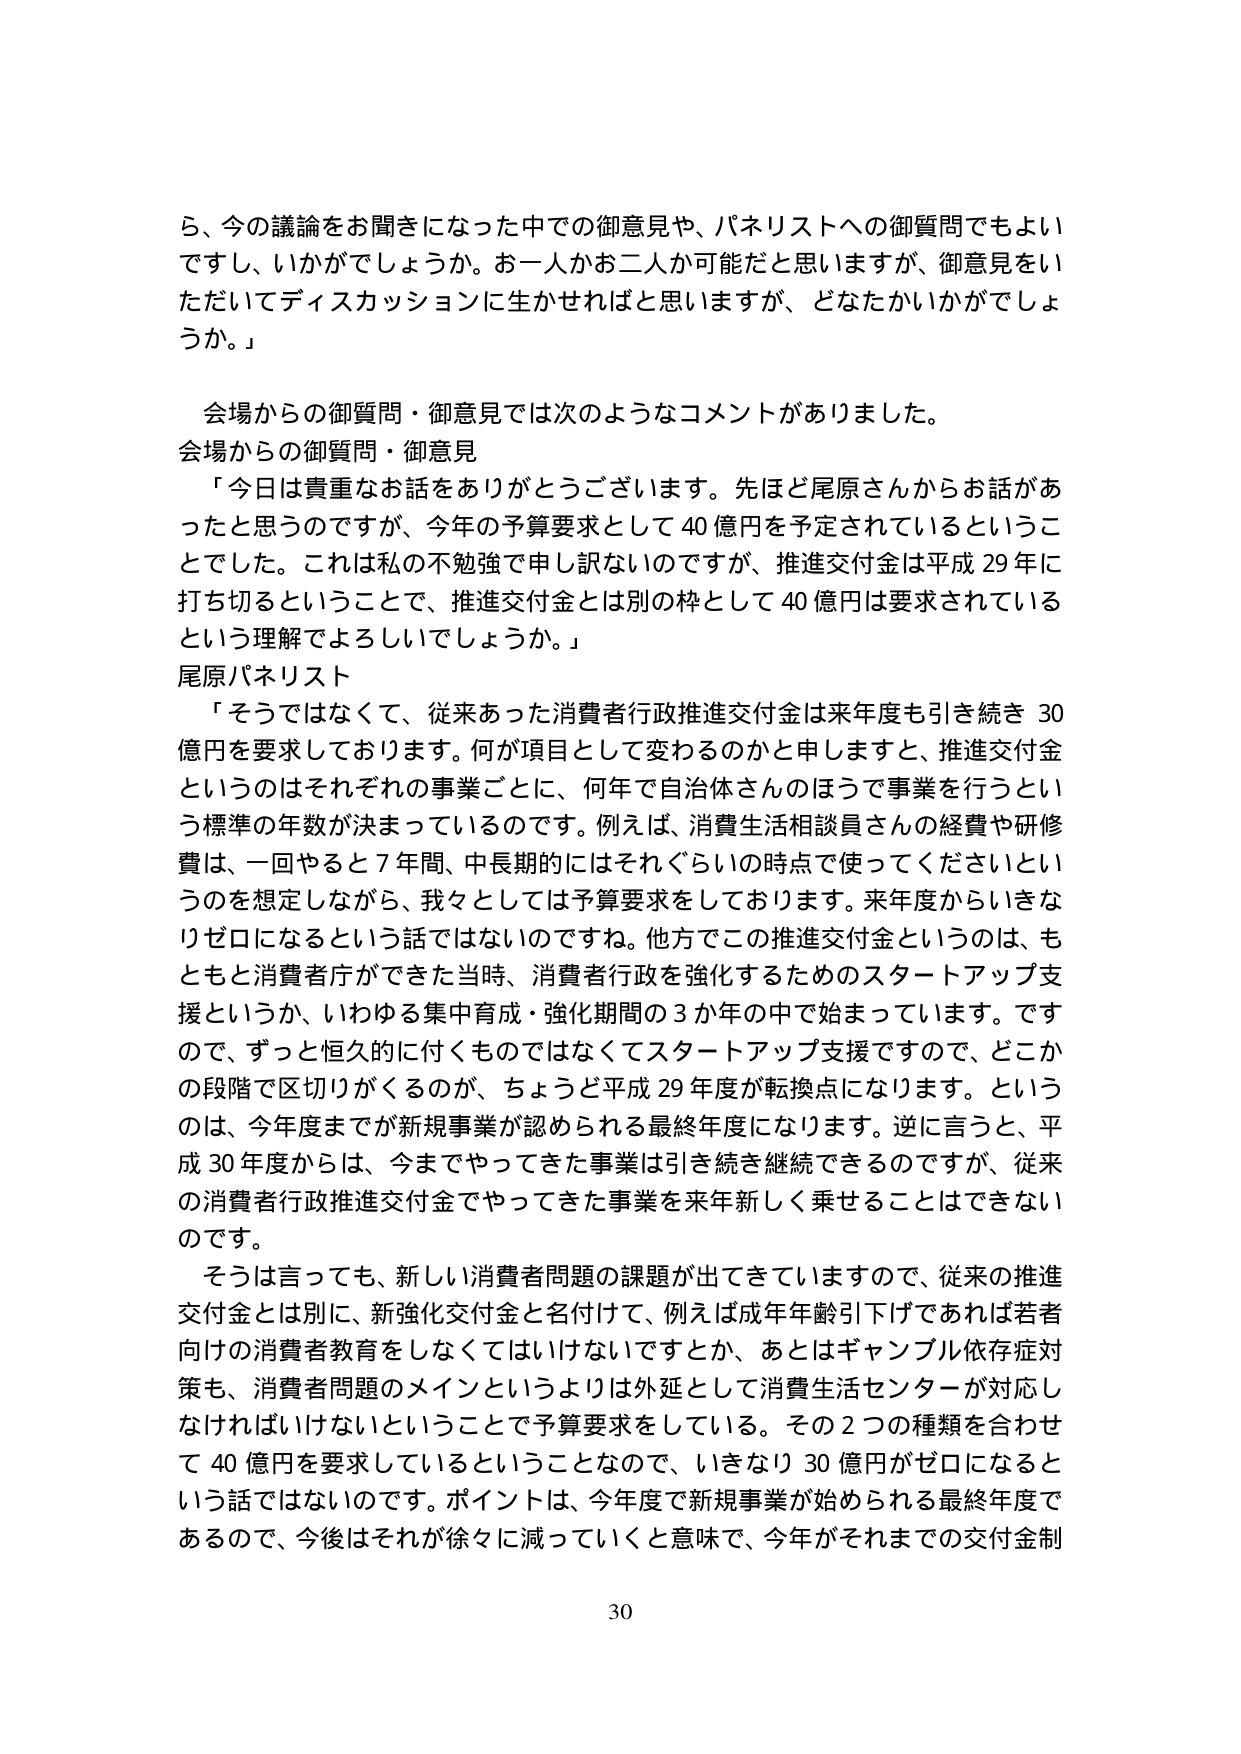
ら、今の議論をお聞きになった中での御意見や、パネリストへの御質問でもよいですし、いかがでしょうか。お一人かお二人か可能だと思いますが、御意見をいただいてディスカッションに生かせればと思いますが、どなたかいかがでしょうか。」

会場からの御質問・御意見では次のようなコメントがありました。
会場からの御質問・御意見
「今日は貴重なお話をありがとうございます。先ほど尾原さんからお話があったと思うのですが、今年の予算要求として40億円を予定されているということでした。これは私の不勉強で申し訳ないのですが、推進交付金は平成29年に打ち切るということで、推進交付金とは別の枠として40億円は要求されているという理解でよろしいでしょうか。」

尾原パネリスト
「そうではなくて、従来あった消費者行政推進交付金は来年度も引き続き30億円を要求しております。何が項目として変わるのかと申しますと、推進交付金というのはそれぞれの事業ごとに、何年で自治体さんのほうで事業を行うという標準の年数が決まっているのです。例えば、消費生活相談員さんの経費や研修費は、一回やると7年間、中長期的にはそれぐらいの時点で使ってくださいというのを想定しながら、我々としては予算要求をしております。来年度からいきなりゼロになるという話ではないのですね。他方でこの推進交付金というのは、もともと消費者庁ができた当時、消費者行政を強化するためのスタートアップ支援というか、いわゆる集中育成・強化期間の3か年の中で始まっています。ですので、ずっと恒久的に付くものではなくてスタートアップ支援ですので、どこかの段階で区切りがくるのが、ちょうど平成29年度が転換点になります。というのは、今年度までが新規事業が認められる最終年度になります。逆に言うと、平成30年度からは、今までやってきた事業は引き続き継続できるのですが、従来の消費者行政推進交付金でやってきた事業を来年新しく乗せることはできないのです。

そうは言っても、新しい消費者問題の課題が出てきていますので、従来の推進交付金とは別に、新強化交付金と名付けて、例えば成年年齢引下げであれば若者向けの消費者教育をしなくてはいけないですか、あとはギャンブル依存症対策も、消費者問題のメインというよりは外延として消費生活センターが対応しなければいけないということで予算要求をしている。その2つの種類を合わせて40億円を要求しているということなので、いきなり30億円がゼロになるという話ではないのです。ポイントは、今年度で新規事業が始められる最終年度であるので、今後はそれが徐々に減っていくと意味で、今年がそれまでの交付金制

30